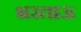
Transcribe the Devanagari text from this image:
भरताऊ